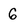
Character: 6